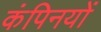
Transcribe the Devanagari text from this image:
कंपिनयों